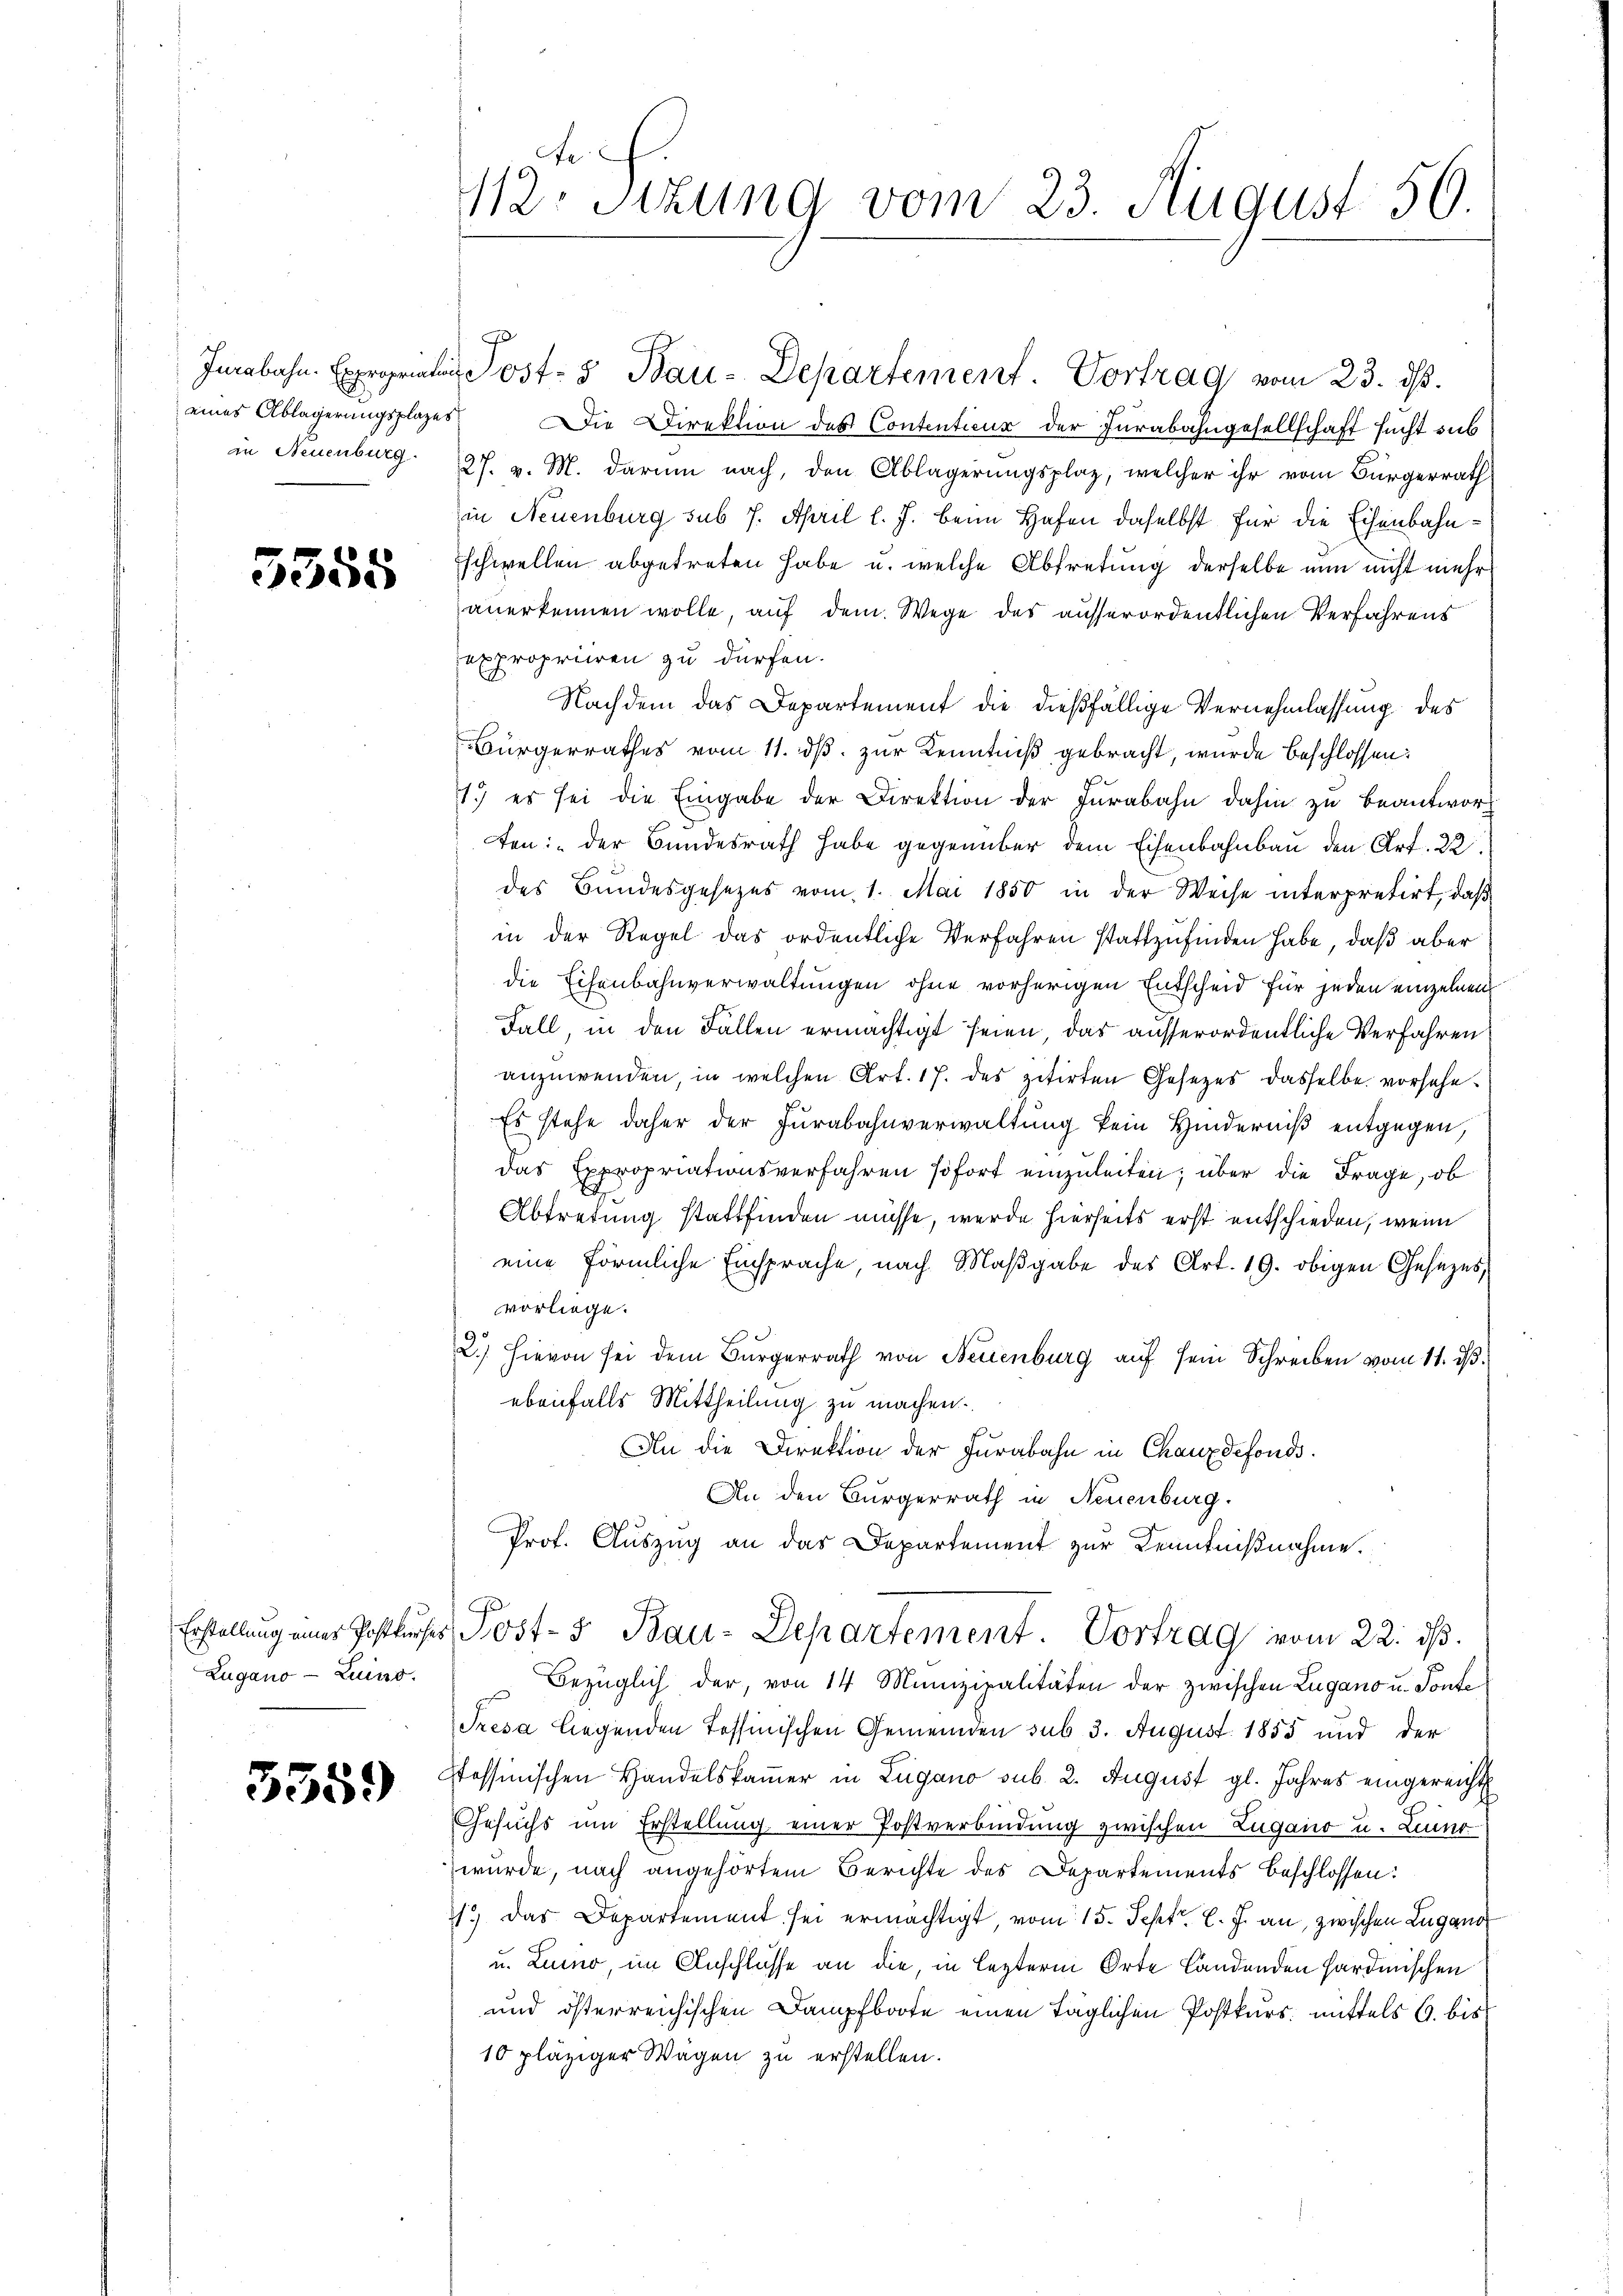
3555

Zugano-Luino.

5559

Inrabahn. Exegentin Post- & Bau-Departement. Vortrag vom 23. ds.
eines Ablagerŭngsplates Die Direktion des Contenticus der Jurabahngesellschaft sucht sub
in Neuenburg. 27. v. M. darum nach, den Ablagerŭngsplaz, welcher ihr vom Bürgerrath
in Neuenburg sub 7. April l. J. beim Hafen daselbst für die Eisenbahnschwellen abgetreten habe u. welche Abtretung derselbe nun nicht mehr
anerkennen wolle, auf dem Wege des ausserordentlichen Verfahrens
expropriiren zu dürfen.
Nachdem das Departement die dießfällige Vernehmlassung des
Bürgerrathes vom 11. dβ. zur Kenntniß gebracht, wurde beschlossen:
1.) es sei die Eingabe der Direktion der Jurabahn dahin zu beantwort
ten: „der Bundesrath habe gegenüber dem Eisenbahnbau den Art. 22.
des Bundesgesezes vom 1. Mai 1850 in der Weise interpretirt, daß
in der Regel das ordentliche Verfahren stattzufinden habe, daß aber
die Eisenbahnverwaltungen ohne vorherigen Entscheid für jeden einzelnen
Fall, in den Fällen ermächtigt seien, das ausserordentliche Verfahren
anzuwenden, in welchen Art. 17. des zitirten Gesetzes dasselbe vorsehe¬
Es stehe daher der Jurabahnverwaltung kein Hinderniß entgegen,
das Expropriationsverfahren sofort einzuleiten; über die Frage, ob
Abtretung stattfinden müsse, werde hierseits erst entschieden, wenn
eine förmliche Einsprache, nach Maβgabe des Art. 19. obigen Gesezes,
vorliege.
2.) Hievon sei dem Bürgerrath von Neuenburg auf sein Schreiben vom 11. ds.
ebenfalls Mittheilung zu machen.
An die Direktion der Jurabahn in Chauxdefonds.
An den Bürgerrath in Neuenburg.
Prof. Auszug an das Departement zur Kenntnißnahme.
Erstellung einer Postliches Post- & Bau-Departement. Vortrag vom 22. ds.
Bezüglich der, von 14 Munizipalitäten der zwischen Lugano u. Toute
Tresa liegenden Tessinischen Gemeinden sub 3. August 1855 und der
stessinischen Handelskamer in Lugano sub. 2. August gl. Jahres eingereicht
Gesuchs um Erstellung einer Postverbindung zwischen Zugano u. Linne
wurde, nach angehörtem Berichte des Departements beschlossen:
1.) Das Departement sei ermächtigt, vom 15. Sept. l. J. an, zwischen Lugano
u. Linier, im Anschlüsse an die, in lezterm Orte Landenden Hardmischen
und österreichischen Dampfboote einen täglichen Postkurs mittels 6. bis
10 pläziger Wagen zu erstellen.

112. Sitzung vom 23. August 59.